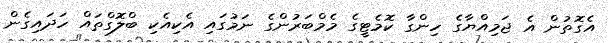
އެގޮތުން އެ ޖަމިއްޔާގެ ހިންގާ ކޮމެޓީގެ މެމްބަރުންގެ ނަމުގައި އެކިއެކި ބްލޮގްތައް ހަދައިގެން